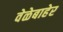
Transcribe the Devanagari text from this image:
वेळेबाहेर